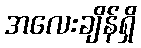
အလေးချိန်ရှိ